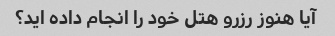
آیا هنوز رزرو هتل خود را انجام داده اید؟